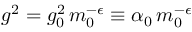
g ^ { 2 } = g _ { 0 } ^ { 2 } \, m _ { 0 } ^ { - \epsilon } \equiv \alpha _ { 0 } \, m _ { 0 } ^ { - \epsilon }